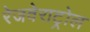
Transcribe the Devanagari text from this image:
रेजवेराट्रोल